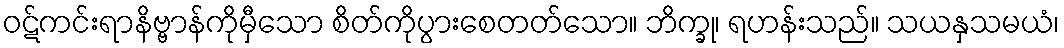
ဝဋ်ကင်းရာနိဗ္ဗာန်ကိုမှီသော စိတ်ကိုပွားစေတတ်သော။ ဘိက္ခု၊ ရဟန်းသည်။ သယနှသမယံ၊